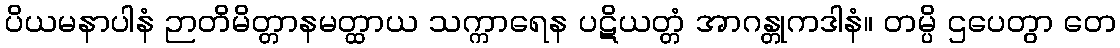
ပိယမနာပါနံ ဉာတိမိတ္တာနမတ္ထာယ သက္ကာရေန ပဋိယတ္တံ အာဂန္တုကဒါနံ။ တမ္ပိ ဌပေတွာ တေ